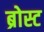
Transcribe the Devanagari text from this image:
ब्रोस्ट